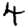
Digit: 4